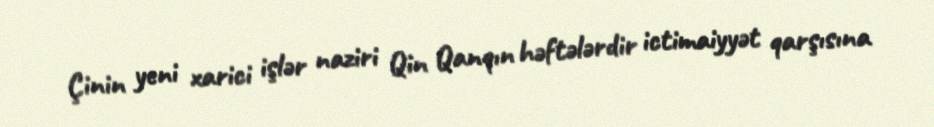
Çinin yeni xarici işlər naziri Qin Qanqın həftələrdir ictimaiyyət qarşısına